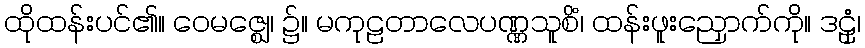
ထိုထန်းပင်၏။ ဝေမဇ္ဈေ၊ ၌။ မကုဠတာလေပဏ္ဏသူစိံ၊ ထန်းဖူးညှောက်ကို။ ဒဠှံ၊